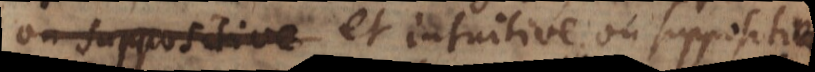
ou suppositive et intuitive; ou suppositive.